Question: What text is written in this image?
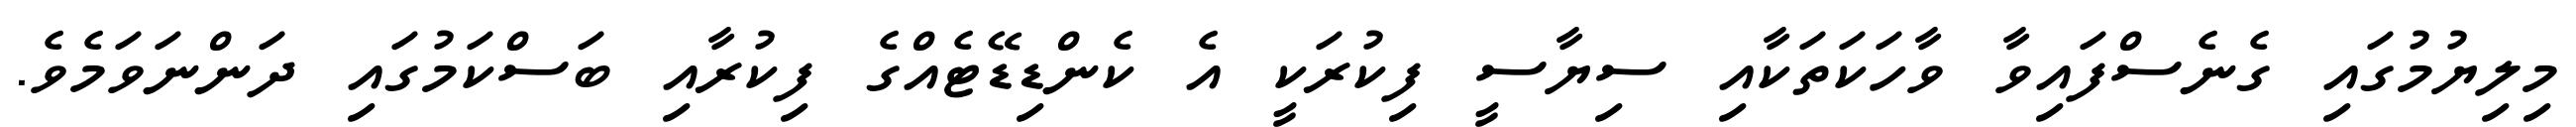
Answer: މިލިޔުމުގައި ގެނެސްފައިވާ ވާހަކަތަކާއި ސިޔާސީ ފިކުރަކީ އެ ކެންޑިޑޭޓެއްގެ ފިކުރާއި ބަސްކަމުގައި ދަންނަވަމެވެ.